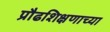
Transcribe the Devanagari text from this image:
प्रौढशिक्षणाच्या